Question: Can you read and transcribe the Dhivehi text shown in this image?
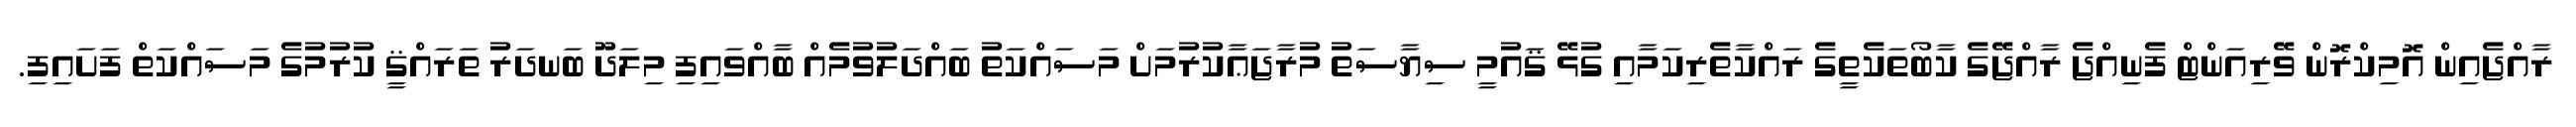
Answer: ރާއްޖެއިން އޮމިކްރޮން ވޭރިއަންޓް ފެނިއްޖެ ރާއްޖޭގެ ކާބޯތަކެތީގެ ރައްކާތެރިކަމާއި ގުޅޭ ޤައުމީ ސިޔާސަތު މުރާޖަޢާކުރުމަށް މަސައްކަތު ބައްދަލުވުމެއް ބާއްވައިފި މިލަދޫ ބަނދަރު ތަރައްޤީ ކުރުމުގެ މަސައްކަތް ފަށައިފި.